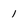
Character: 1